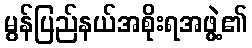
မွန်ပြည်နယ်အစိုးရအဖွဲ့၏